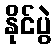
နိုင်ပွဲ